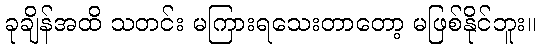
ခုချိန်အထိ သတင်း မကြားရသေးတာတော့ မဖြစ်နိုင်ဘူး။